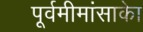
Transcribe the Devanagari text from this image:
पूर्वमीमांसाकाे